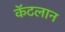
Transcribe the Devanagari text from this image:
कॅटलान